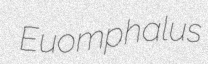
Euomphalus